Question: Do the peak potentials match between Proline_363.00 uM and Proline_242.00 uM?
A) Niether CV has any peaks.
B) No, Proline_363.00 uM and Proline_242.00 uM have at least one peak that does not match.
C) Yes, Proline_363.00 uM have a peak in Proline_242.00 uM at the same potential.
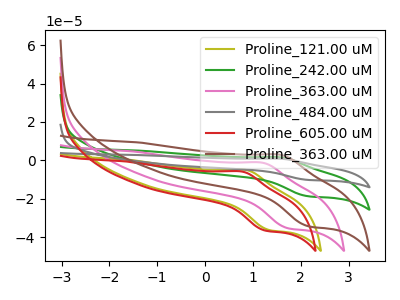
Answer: <think>The olive curve "Proline_121.00 uM" has an anodic peak at (0.85V, -5.00uA) and a cathodic peak at (1.35V, -36.30uA). The green curve "Proline_242.00 uM" has an anodic peak at (1.60V, 1.55uA) and a cathodic peak at (2.15V, -18.70uA). The pink curve "Proline_363.00 uM" has an anodic peak at (1.20V, -1.25uA) and a cathodic peak at (1.70V, -35.30uA). The gray curve "Proline_484.00 uM" has an anodic peak at (1.60V, 3.15uA) and a cathodic peak at (2.15V, -37.35uA). The red curve "Proline_605.00 uM" has an anodic peak at (0.80V, -5.85uA) and a cathodic peak at (1.25V, -36.50uA). The brown curve "Proline_363.00 uM" has an anodic peak at (1.60V, 2.90uA) and a cathodic peak at (2.15V, -34.25uA).</think>
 <answer>C) Yes, "Proline_363.00 uM" have a peak in "Proline_242.00 uM" at the same potential.</answer>
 <eval>C</eval>